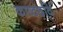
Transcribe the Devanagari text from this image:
काष्ठछवि